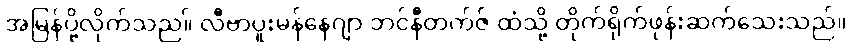
အမြန်ပို့လိုက်သည။် လီဗာပူးမန်နေဂျာ ဘင်နီတက်ဇ် ထံသို့ တိုက်ရိုက်ဖုန်းဆက်သေးသည်။